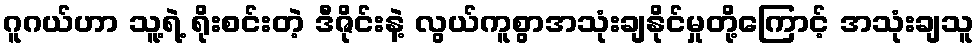
ဂူဂယ်ဟာ သူ့ရဲ့ ရိုးစင်းတဲ့ ဒီဇိုင်းနဲ့ လွယ်ကူစွာအသုံးချနိုင်မှုတို့ကြောင့် အသုံးချသူ